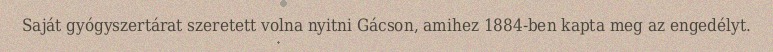
Saját gyógyszertárat szeretett volna nyitni Gácson, amihez 1884-ben kapta meg az engedélyt.